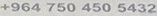
+964 750 450 5432